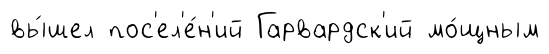
вы́шел пос'ел'е́н'ий Гарвардск'ий мо́щным